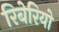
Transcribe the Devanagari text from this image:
रिबेरियो